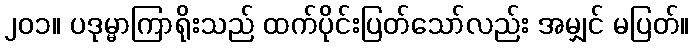
၂၀၁။ ပဒုမ္မာကြာရိုးသည် ထက်ပိုင်းပြတ်သော်လည်း အမျှင် မပြတ်။